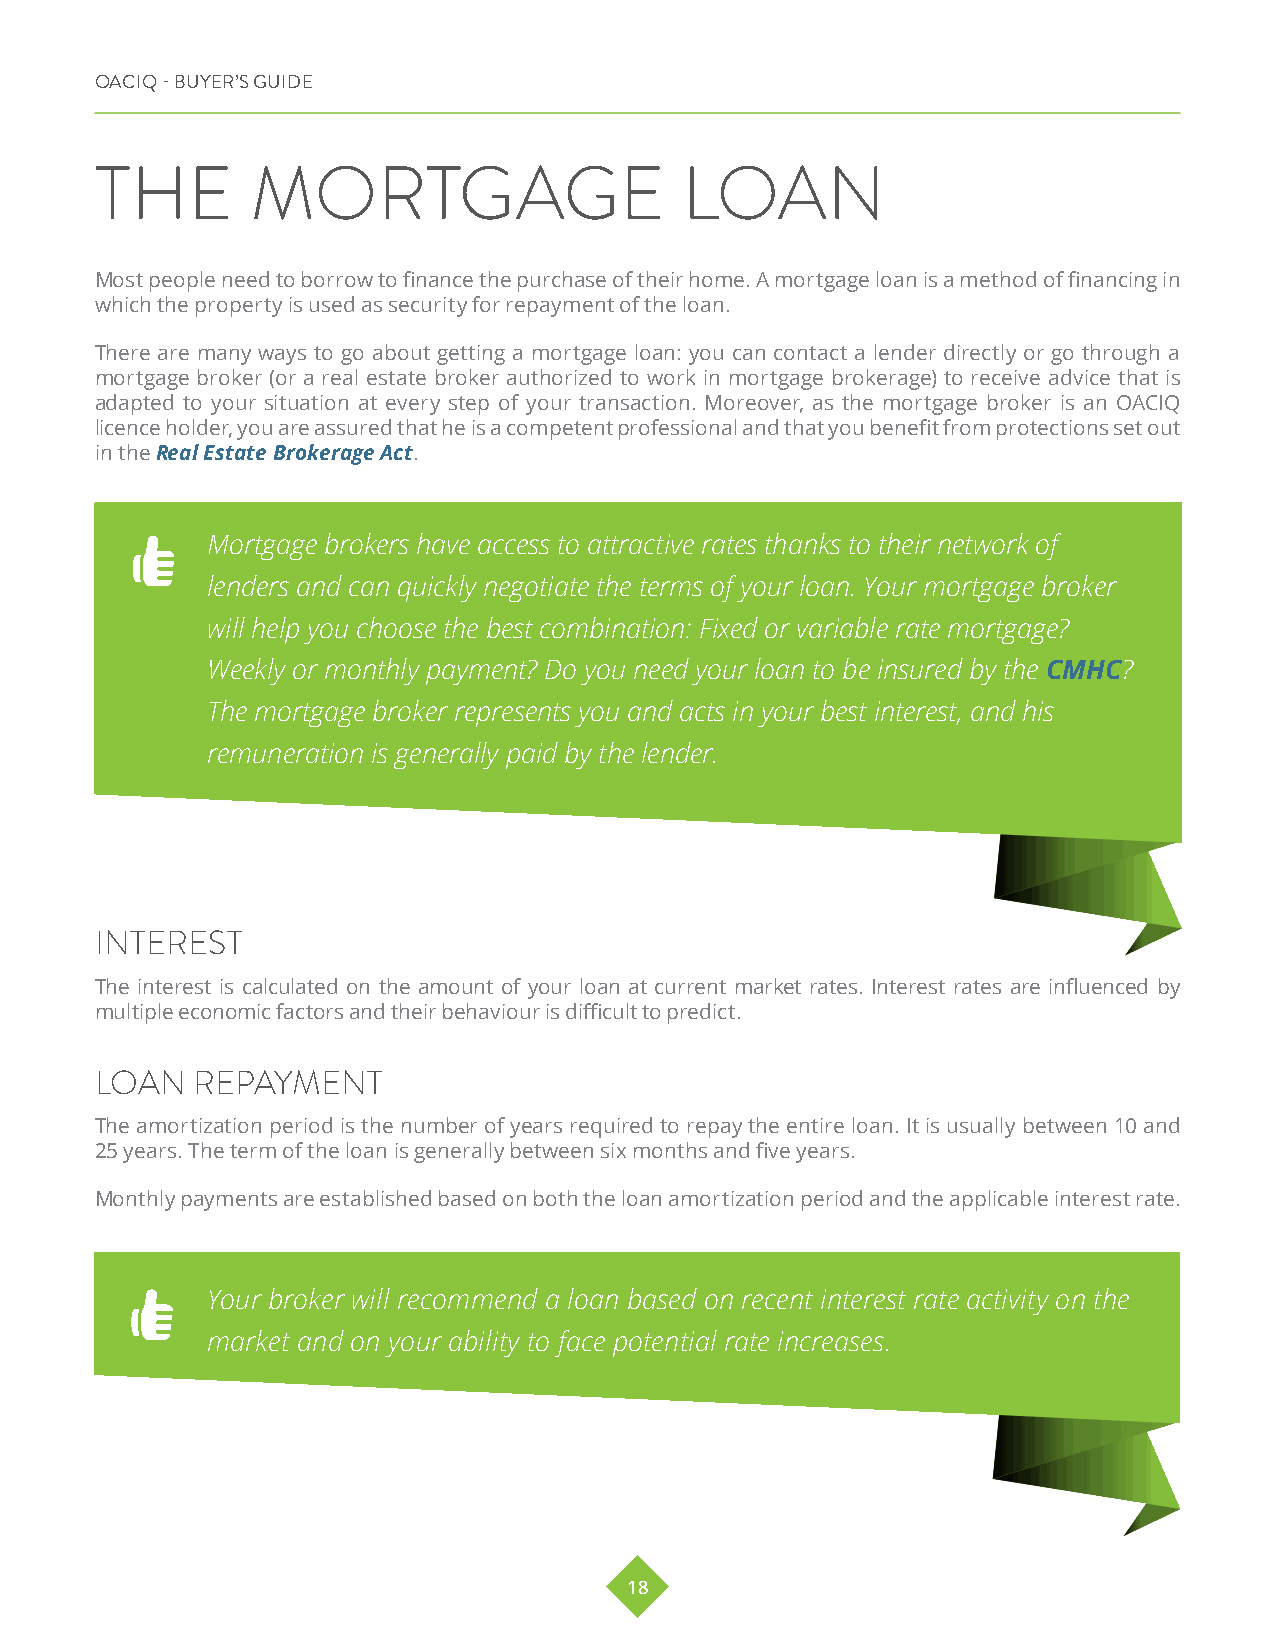
OACIQ - BUYER’S GUIDE
 THE        MORTGAGE                    LOAN
 Most people need to borrow to finance the purchase of their home. A mortgage loan is a method of financing in
 which the property is used as security for repayment of the loan.
 There are many ways to go about getting a mortgage loan: you can contact a lender directly or go through a
 mortgage broker (or a real estate broker authorized to work in mortgage brokerage) to receive advice that is
 adapted to your situation at every step of your transaction. Moreover, as the mortgage broker is an OACIQ
 licence holder, you are assured that he is a competent professional and that you benefit from protections set out
 in the Real Estate Brokerage Act.
 Mortgage brokers have access to attractive rates thanks to their network of
 lenders and can quickly negotiate the terms of your loan. Your mortgage broker
 will help you choose the best combination: Fixed or variable rate mortgage?
 Weekly or monthly payment? Do you need your loan to be insured by the CMHC?
 The mortgage broker represents you and acts in your best interest, and his
 remuneration is generally paid by the lender.
 INTEREST
 The interest is calculated on the amount of your loan at current market rates. Interest rates are influenced by
 multiple economic factors and their behaviour is difficult to predict.
 LOAN   REPAYMENT
 The amortization period is the number of years required to repay the entire loan. It is usually between 10 and
 25 years. The term of the loan is generally between six months and five years.
 Monthly payments are established based on both the loan amortization period and the applicable interest rate.
 Your broker will recommend a loan based on recent interest rate activity on the
 market and on your ability to face potential rate increases.
 18